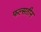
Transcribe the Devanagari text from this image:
फल्सतीन